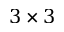
3 \times 3